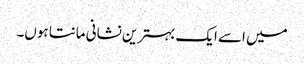
میں اسے ایک بہترین نشانی مانتا ہوں۔